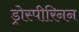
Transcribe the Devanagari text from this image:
ड्रोस्पीरिनन